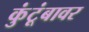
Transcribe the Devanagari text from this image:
कुंटूंबावर